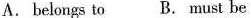
A. belongs to B. must be